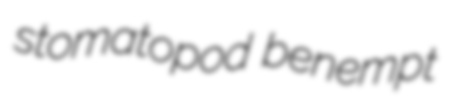
stomatopod benempt